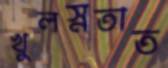
খুলস্নতাত